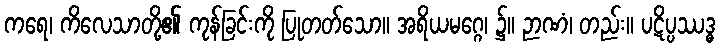
ကရေ၊ ကိလေသာတို့၏ ကုန်ခြင်းကို ပြုတတ်သော။ အရိယမဂ္ဂေ၊ ၌။ ဉာဏံ၊ တည်း။ ပဋိပ္ပဿဒ္ဓ